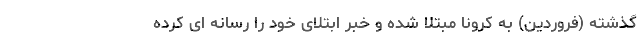
گذشته (فروردین) به کرونا مبتلا شده و خبر ابتلای خود را رسانه ای کرده